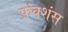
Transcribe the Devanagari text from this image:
फ़ंक्शंस